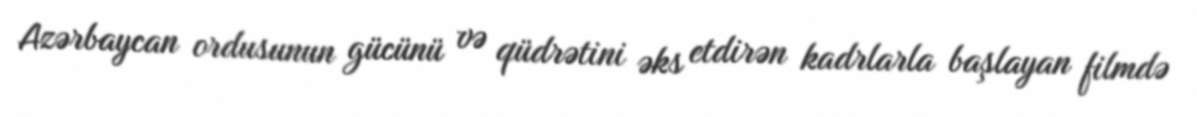
Azərbaycan ordusunun gücünü və qüdrətini əks etdirən kadrlarla başlayan filmdə